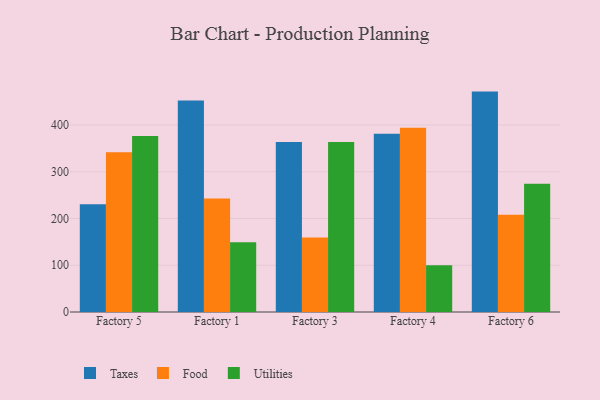
{"axis": {"x": "Factory", "y": "Net Income (USD K)"}, "legend": ["Food", "Taxes", "Utilities"], "data": [{"x": "Factory 5", "y": 230.7, "type": "Taxes"}, {"x": "Factory 5", "y": 341.8, "type": "Food"}, {"x": "Factory 5", "y": 376.6, "type": "Utilities"}, {"x": "Factory 1", "y": 452.5, "type": "Taxes"}, {"x": "Factory 1", "y": 242.8, "type": "Food"}, {"x": "Factory 1", "y": 149.2, "type": "Utilities"}, {"x": "Factory 3", "y": 363.6, "type": "Taxes"}, {"x": "Factory 3", "y": 159.3, "type": "Food"}, {"x": "Factory 3", "y": 363.9, "type": "Utilities"}, {"x": "Factory 4", "y": 381.4, "type": "Taxes"}, {"x": "Factory 4", "y": 394.1, "type": "Food"}, {"x": "Factory 4", "y": 99.9, "type": "Utilities"}, {"x": "Factory 6", "y": 471.5, "type": "Taxes"}, {"x": "Factory 6", "y": 208.0, "type": "Food"}, {"x": "Factory 6", "y": 274.5, "type": "Utilities"}]}